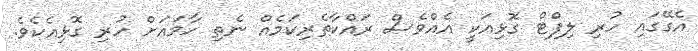
އެގޭގައި ހުރި ލިފްޓް ގޮޅިއަކީ އެއްވެސް ރައްކާތެރިކަމެއް ނެތި ހާމައަށް ހުރި ގޮޅިއެކެވެ.